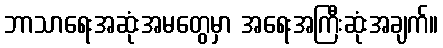
ဘာသာရေးအဆုံးအမတွေမှာ အရေးအကြီးဆုံးအချက်။